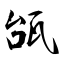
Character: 瓵